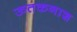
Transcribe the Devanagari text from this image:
ऊतकनाश